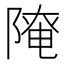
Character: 𨻚